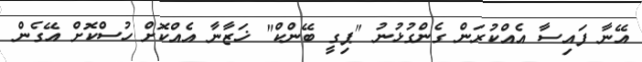
އޭނާ ފައިސާ އެއްކުރަން ގެންގުޅުނު "ޕިގީ ބޭންކް" ޚަޒާނާ އެއްކޮށް ހުސްކޮށް އޭގެން